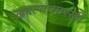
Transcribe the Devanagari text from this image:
खवल्यांसारखी